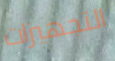
التجهيزات